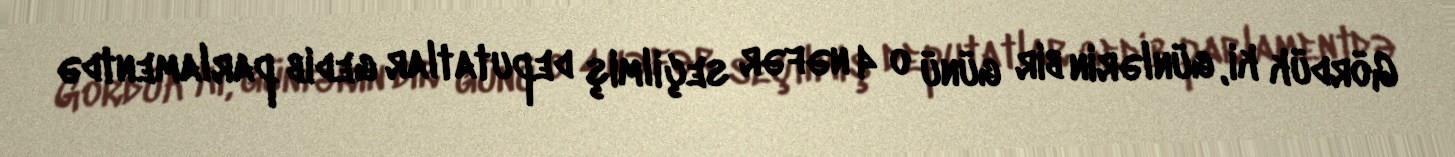
Gördük ki, günlərin bir günü o 4 nəfər seçilmiş deputatlar gedib parlamentdə